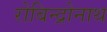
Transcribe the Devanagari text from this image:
रोबिन्द्रोनाथ